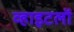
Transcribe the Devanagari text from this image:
व्हाइटलॉ